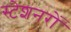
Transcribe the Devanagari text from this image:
स्टेशनरों